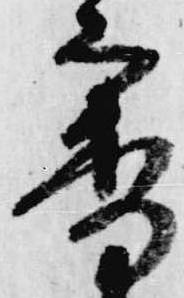
審